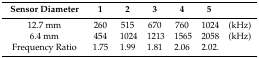
| Sensor Diameter | 1 | 2 | 3 | 4 | 5 |  |
 | --- | --- | --- | --- | --- | --- | --- |
 | 12.7 mm | 260 | 515 | 670 | 760 | 1024 | (kHz) |
 | 6.4 mm | 454 | 1024 | 1213 | 1565 | 2058 | (kHz) |
 | Frequency Ratio | 1.75 | 1.99 | 1.81 | 2.06 | 2.02. |  |